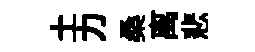
土力桑离悲